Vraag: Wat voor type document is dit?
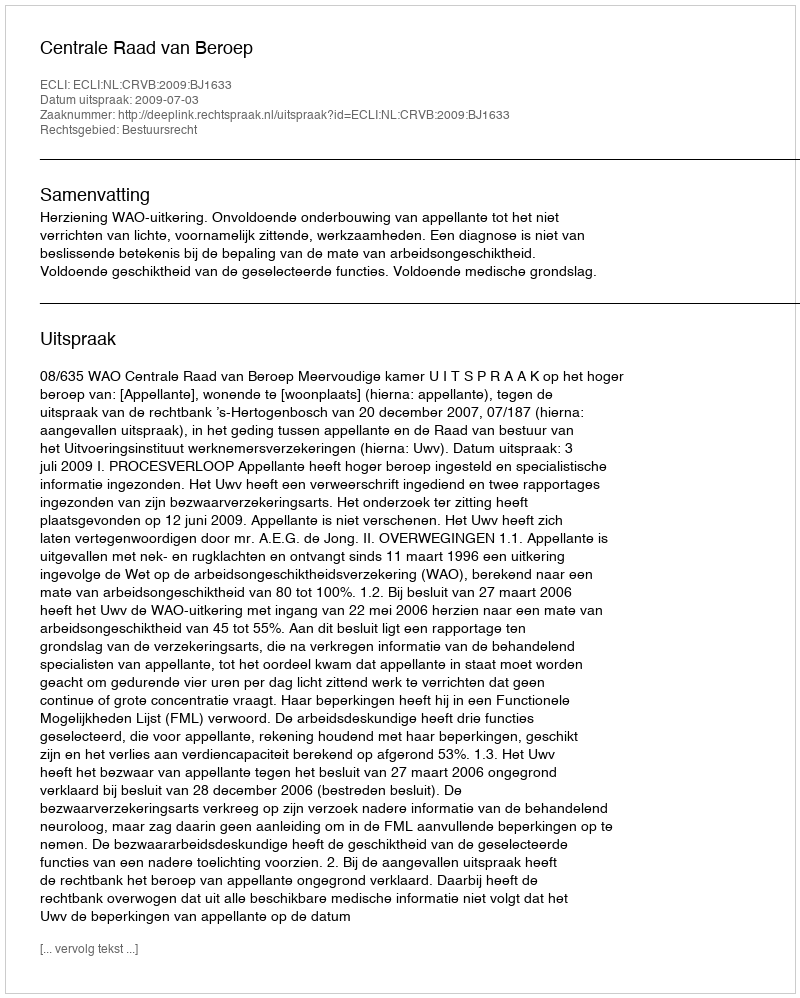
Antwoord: Uitspraak